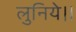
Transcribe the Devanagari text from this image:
लुनिये।।